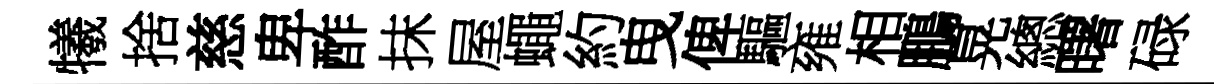
犧捨慈卑酢抹屋蠅約曳俾驅雍相鵬晃總曙碌